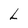
Character: L